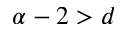
\alpha - 2 > d